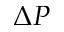
\Delta P